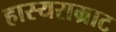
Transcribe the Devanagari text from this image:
हास्यसम्राट